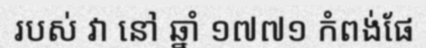
របស់ វា នៅ ឆ្នាំ ១៧៧១ កំពង់ផែ